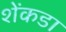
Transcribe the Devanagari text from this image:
शेंकडा